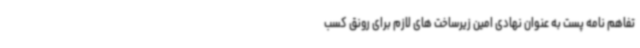
تفاهم نامه پست به عنوان نهادی امین زیرساخت های لازم برای رونق کسب